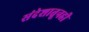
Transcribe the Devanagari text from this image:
संदेशातूनही